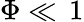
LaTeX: \Phi\ll\, 1